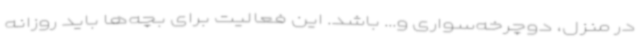
در منزل، دوچرخه‌سواری و... باشد. این فعالیت برای بچه‌ها باید روزانه